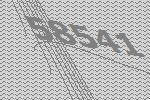
58541